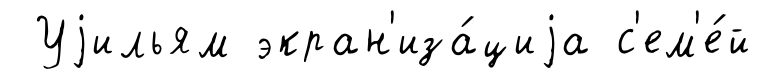
Уjильям экран'иза́циjа с'ем'е́й